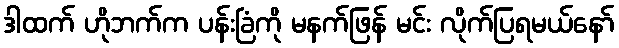
ဒါထက် ဟိုဘက်က ပန်းခြံကို မနက်ဖြန် မင်း လိုက်ပြရမယ်နော်